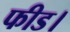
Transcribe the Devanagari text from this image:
फीड।